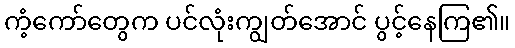
ကံ့ကော်တွေက ပင်လုံးကျွတ်အောင် ပွင့်နေကြ၏။